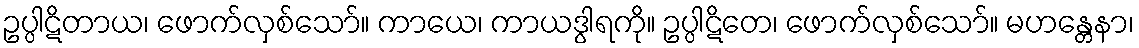
ဥပ္ပါဋိတာယ၊ ဖောက်လှစ်သော်။ ကာယေ၊ ကာယဒွါရကို။ ဥပ္ပါဋိတေ၊ ဖောက်လှစ်သော်။ မဟန္တေနာ၊